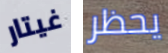
غيتار يحظر